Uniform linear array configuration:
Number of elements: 48
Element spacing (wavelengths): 0.5
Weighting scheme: blackman
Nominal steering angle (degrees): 15
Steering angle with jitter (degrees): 14.228
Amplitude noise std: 0.05
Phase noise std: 0.05

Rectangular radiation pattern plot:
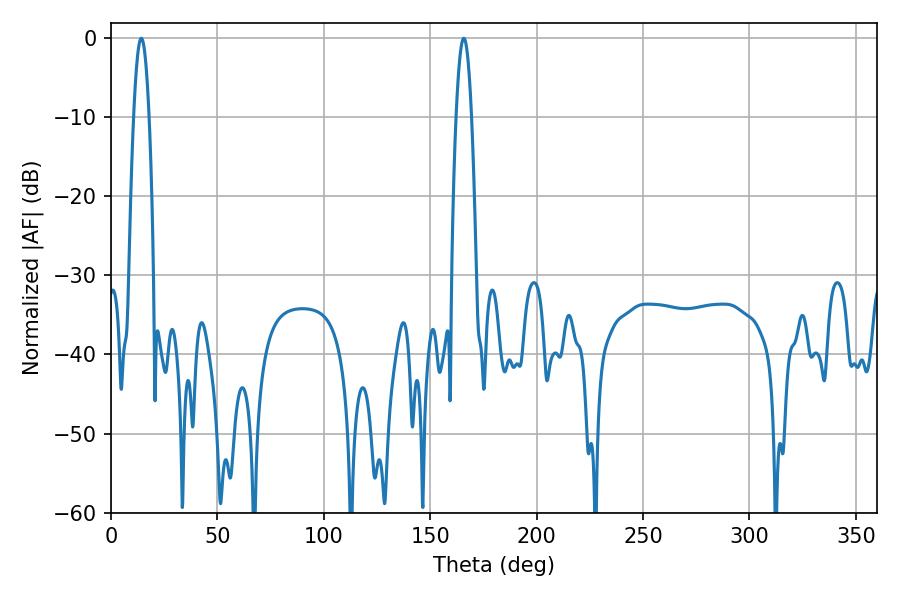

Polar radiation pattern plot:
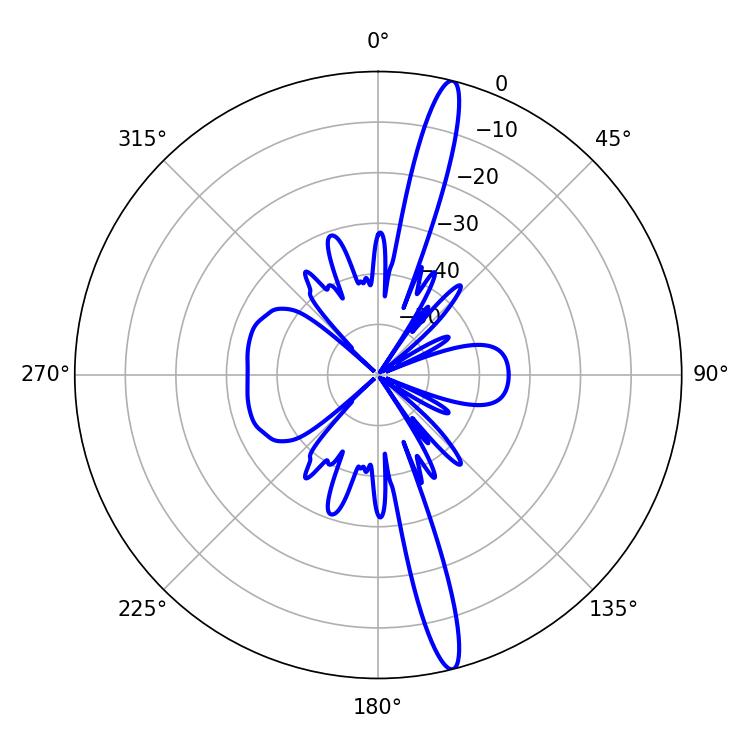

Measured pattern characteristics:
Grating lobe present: FALSE
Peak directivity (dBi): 17.356
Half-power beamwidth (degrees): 3.96
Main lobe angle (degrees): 14.22